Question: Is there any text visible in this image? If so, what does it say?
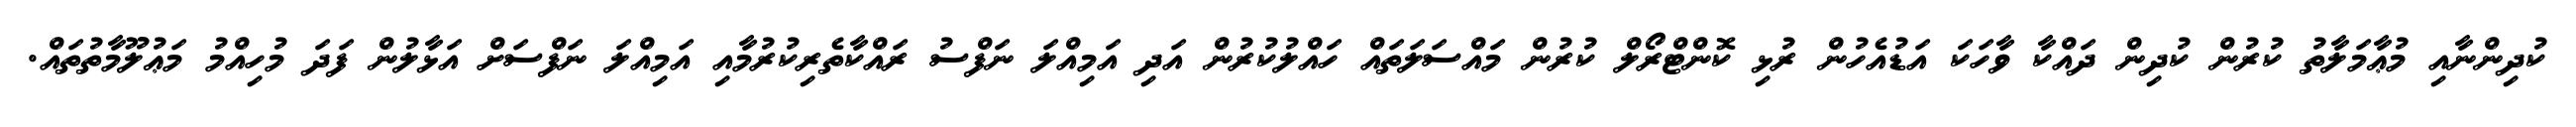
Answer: ކުދިންނާއި މުޢާމަލާތު ކުރުން ކުދިން ދައްކާ ވާހަކަ އަޑުއެހުން ރުޅި ކޮންޓްރޯލް ކުރުން މައްސަލަތައް ހައްލުކުރުން އަދި އަމިއްލަ ނަފްސު ރައްކާތެރިކުރުމާއި އަމިއްލަ ނަފްސަށް އަޅާލުން ފަދަ މުހިއްމު މަޢުލޫމާތުތައް.